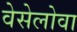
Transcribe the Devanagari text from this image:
वेसेलोवा